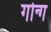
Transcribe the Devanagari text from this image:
गोन्ग